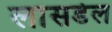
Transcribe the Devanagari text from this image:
लांसडेल